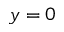
y = 0